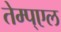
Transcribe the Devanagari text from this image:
तेम्प्एल